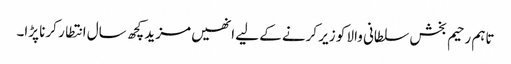
تاہم رحیم بخش سلطانی والا کو زیر کرنے کے لیے انھیں مزید کچھ سال انتطار کرنا پڑا۔